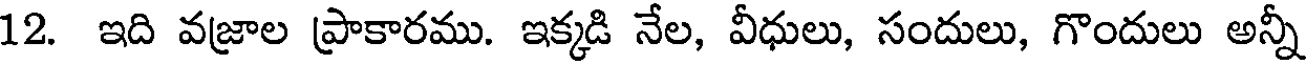
12. ఇది వజ్రాల ప్రాకారము. ఇక్కడి నేల, వీధులు, సందులు, గొందులు అన్నీ